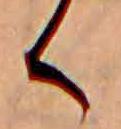
く